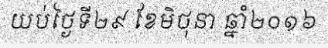
យប់ថ្ងៃទី២៩ ខែមិថុនា ឆ្នាំ២០១៦